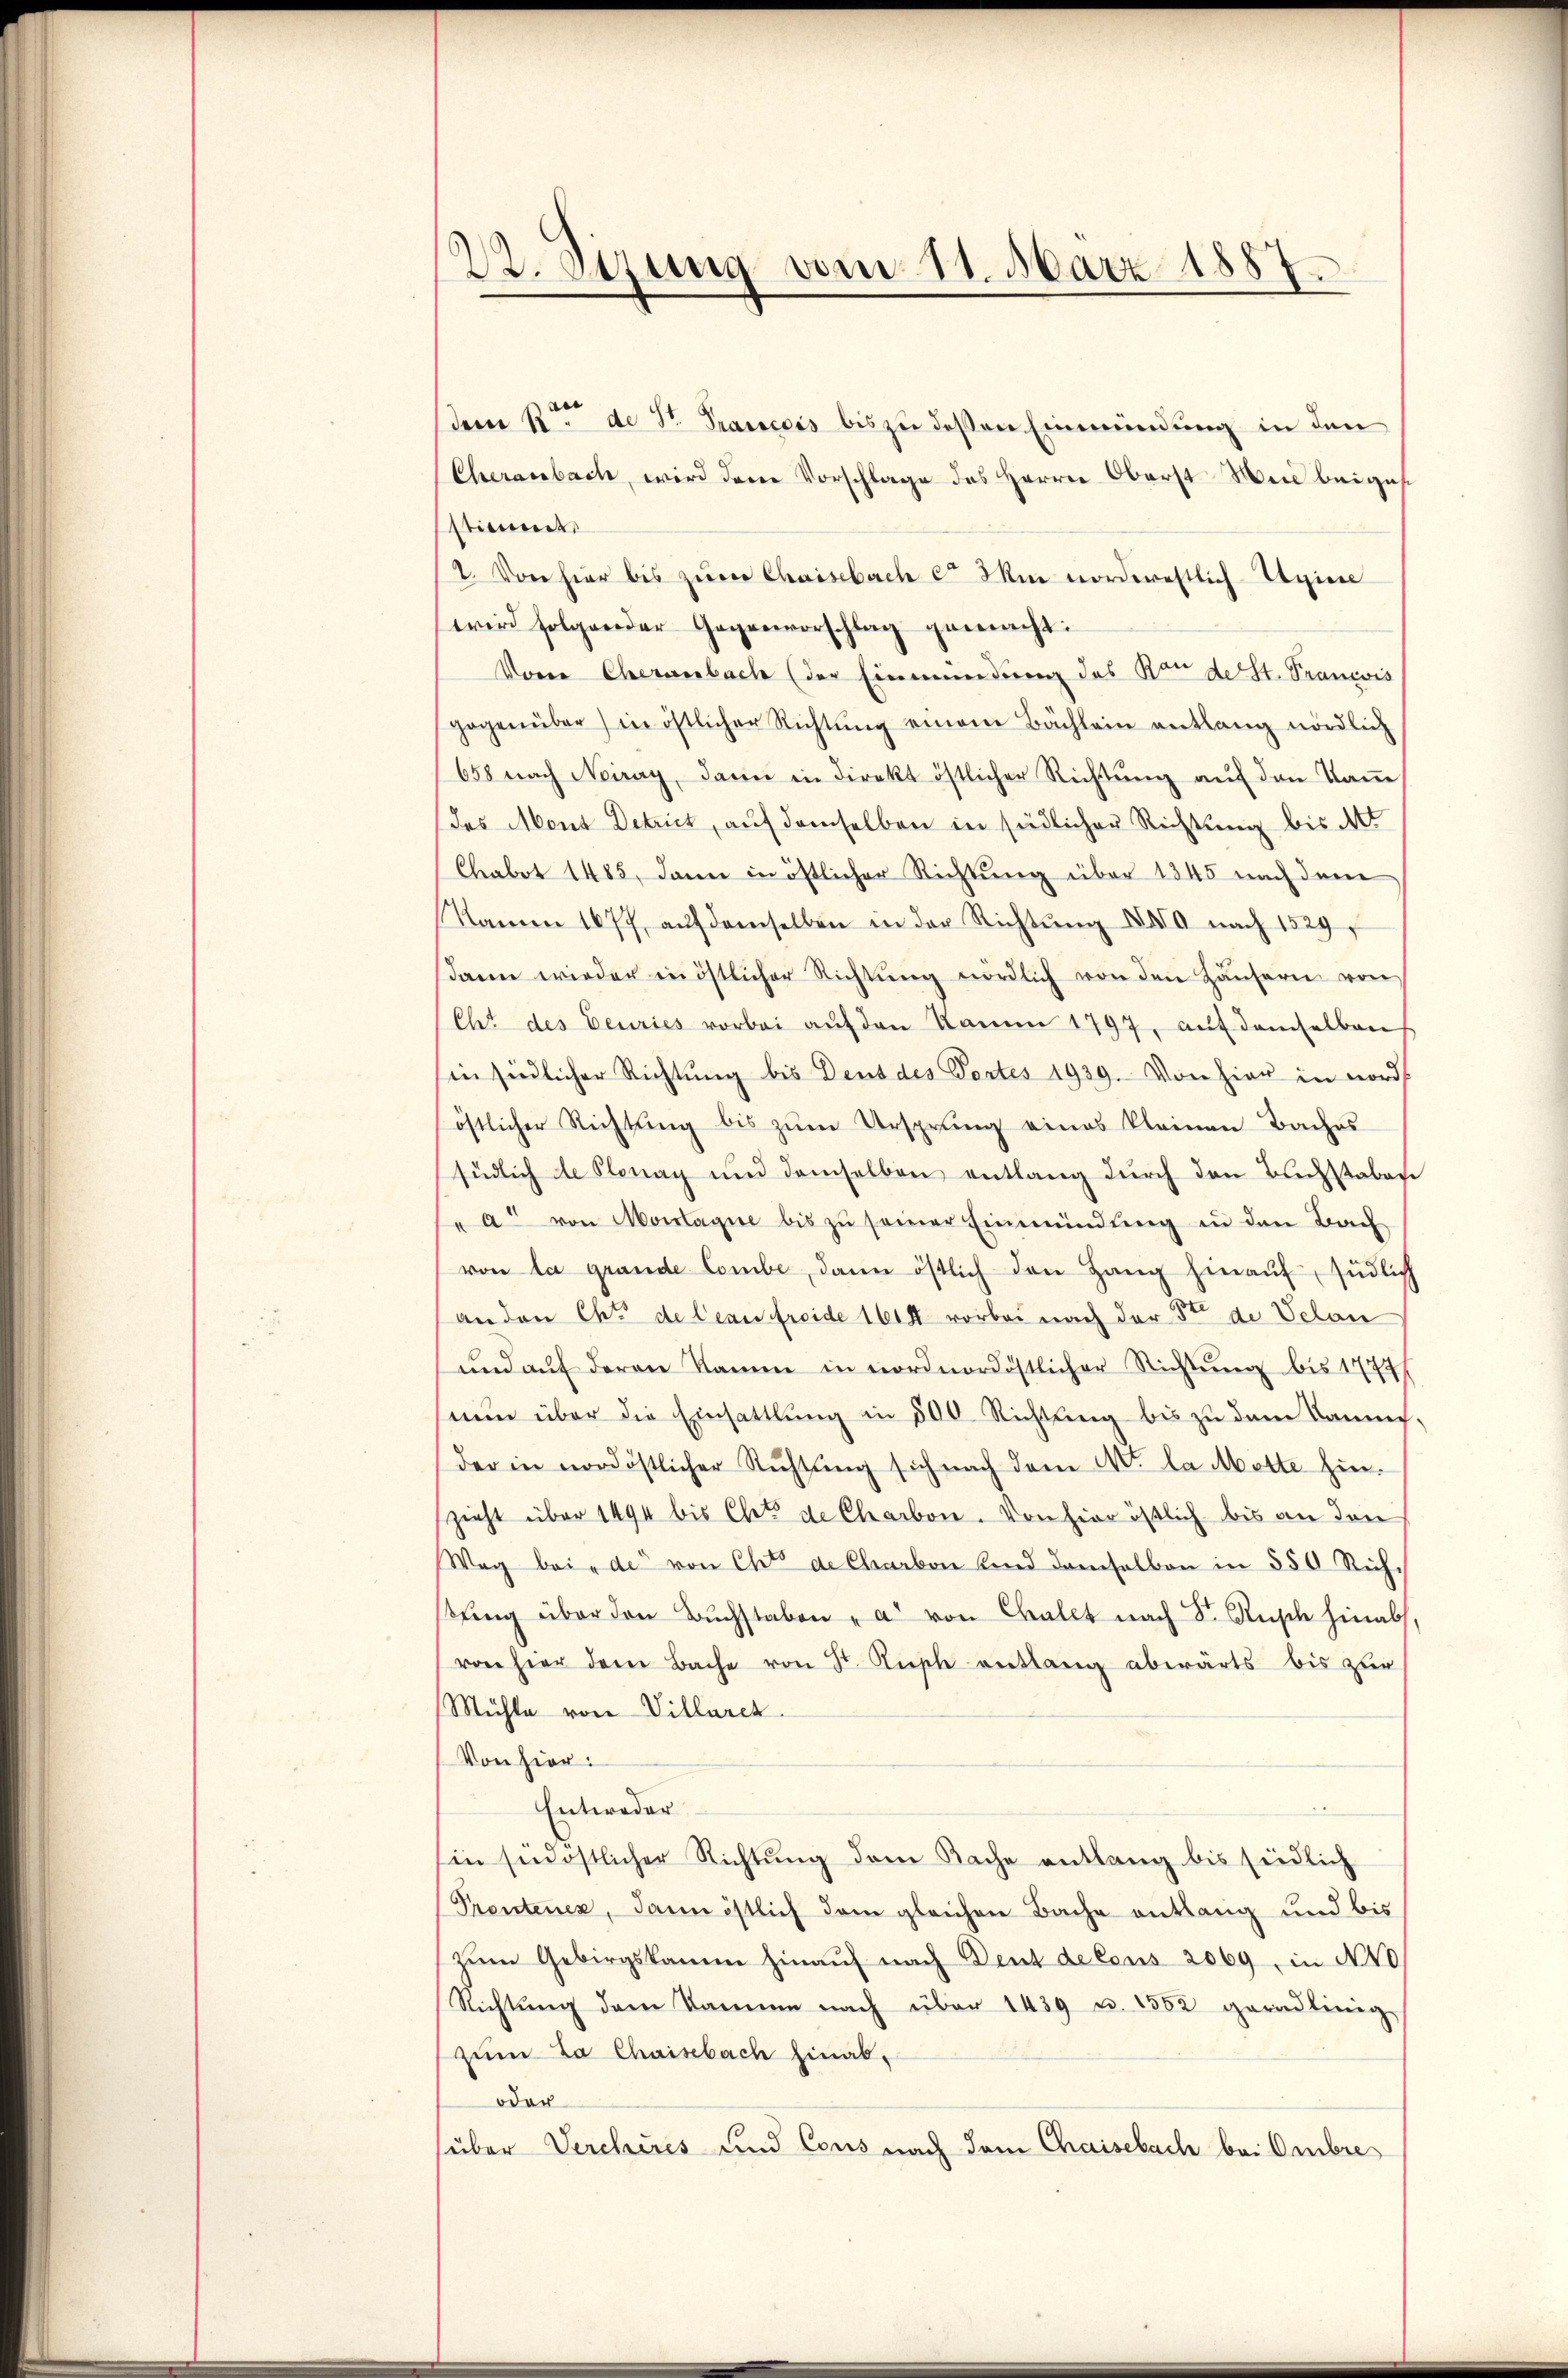
22. Sizung vom 11. März 1887.

e
dem R. de St. Trancois bis zu dessen Einmündung in den
Cherausbach, wird dem Vorschlage des Herrn Oberst Man beiges
stimmt.
I. Von hier bis zum Chaisebuch ca 3m norderestlich Stein
wird folgender Gegenvorschlag gemacht:
Vom Cheranbach (der Einmündung des Kinde St. Prancois
gegenüber in östlicher Richtŭng einem Bächlein entlang nördlich
658 nach Neiray, darin in direkt östlicher Richtŭng aŭf den Tan
des Mont Detrict, auf demselben in südlicher Richtung bis d
Chabet 1485, dann in östlicher Richtung über 1345 nach dem
Namen 1677, aŭf demselben in der Richtŭng XXI nach 1529,
dann wieder in östlicher Richtŭng nördlich von den Häŭsern von
(Cht des Feuries vorbei aŭf den Kamme 1797, aŭf demselben
Ein südlicher Richtung bis Deus des Tortes 1939. Von hier in nord
östlicher Richtung bis zŭm Ursprung eines kleinen Baches
südlich de Plonay und demselben entlang durch den Buchstaben
"a“ von Montagne bis zŭ seiner Einmündung in den Bach
von la grande Combe, dann östlich den Hang hinaŭf südlich
anden Chi de leau freide 1614 vorbei nach der 5ten de Velan
und aŭf deren kam in nordnordöstlicher Richtung bis 1779/
nun über die Einsattlung in 500 Richtung bis zu dem Kaumig,
der in nordöstlicher Richtung sich nach dem M. da Motte hinzieht über 1494 bis Chets de Charbon. Von hier östlich bis an den
Weg bei de von Chro de Charbon und damselben in 550 Rich
fing über den Bŭchstaben "a von Challt nach Sr. Rüsch hinab,
von hier dem Bache von St. Ausch entlang abwärts bis zur
Mühle von Villarch
Von hier:
Entweder
Ein südöstlicher Richtung dem Bache entlang bis sindlich
Prentenex, dann östlich dem gleichen Bache entlang und bis
zŭm Gebirgskamme hinaŭf nach Deut de Cous 2069, in No
Richtŭng dem Damme nach über 1439 u. 1552 geradlinig
zum La Chaisbach hinab-
oder
(über Vercheres und Cons nach dem Chaisebach bei Ombre